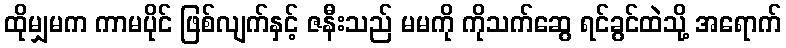
ထိုမျှမက ကာမပိုင် ဖြစ်လျက်နှင့် ဇနီးသည် မမကို ကိုသက်ဆွေ ရင်ခွင်ထဲသို့ အရောက်